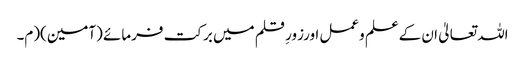
اللہ تعالیٰ ان کےعلم وعمل اورزورِ قلم میں برکت فرمائے (آمین)(م۔